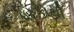
ધટકોથી